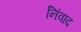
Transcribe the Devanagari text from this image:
निंवाद